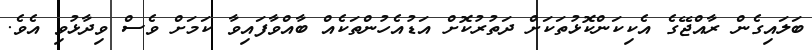
ބަލައިގެން ރާއްޖޭގެ އެކިކަންކޮޅުތަކަށް ދަތުރުކޮށް އަޑުއެހުންތަކެއް ބާއްވާފައިވާ ކަމަށް ވެސް ވިދާޅުވި އެވެ.